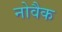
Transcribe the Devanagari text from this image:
नोवैक